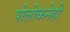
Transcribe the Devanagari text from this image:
पोलोकनेही